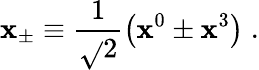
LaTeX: \mathbf{x}_{\pm}\equiv\frac{1}{{\sqrt{}{{2}}}}\left(\mathbf{x}^{0}\pm\mathbf{x}^{3}\right)\; .